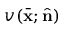
v ( \bar { { \bf x } } ; \hat { { \bf n } } )